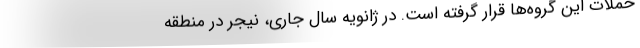
حملات این گروه‌ها قرار گرفته است. در ژانویه سال جاری، نیجر در منطقه